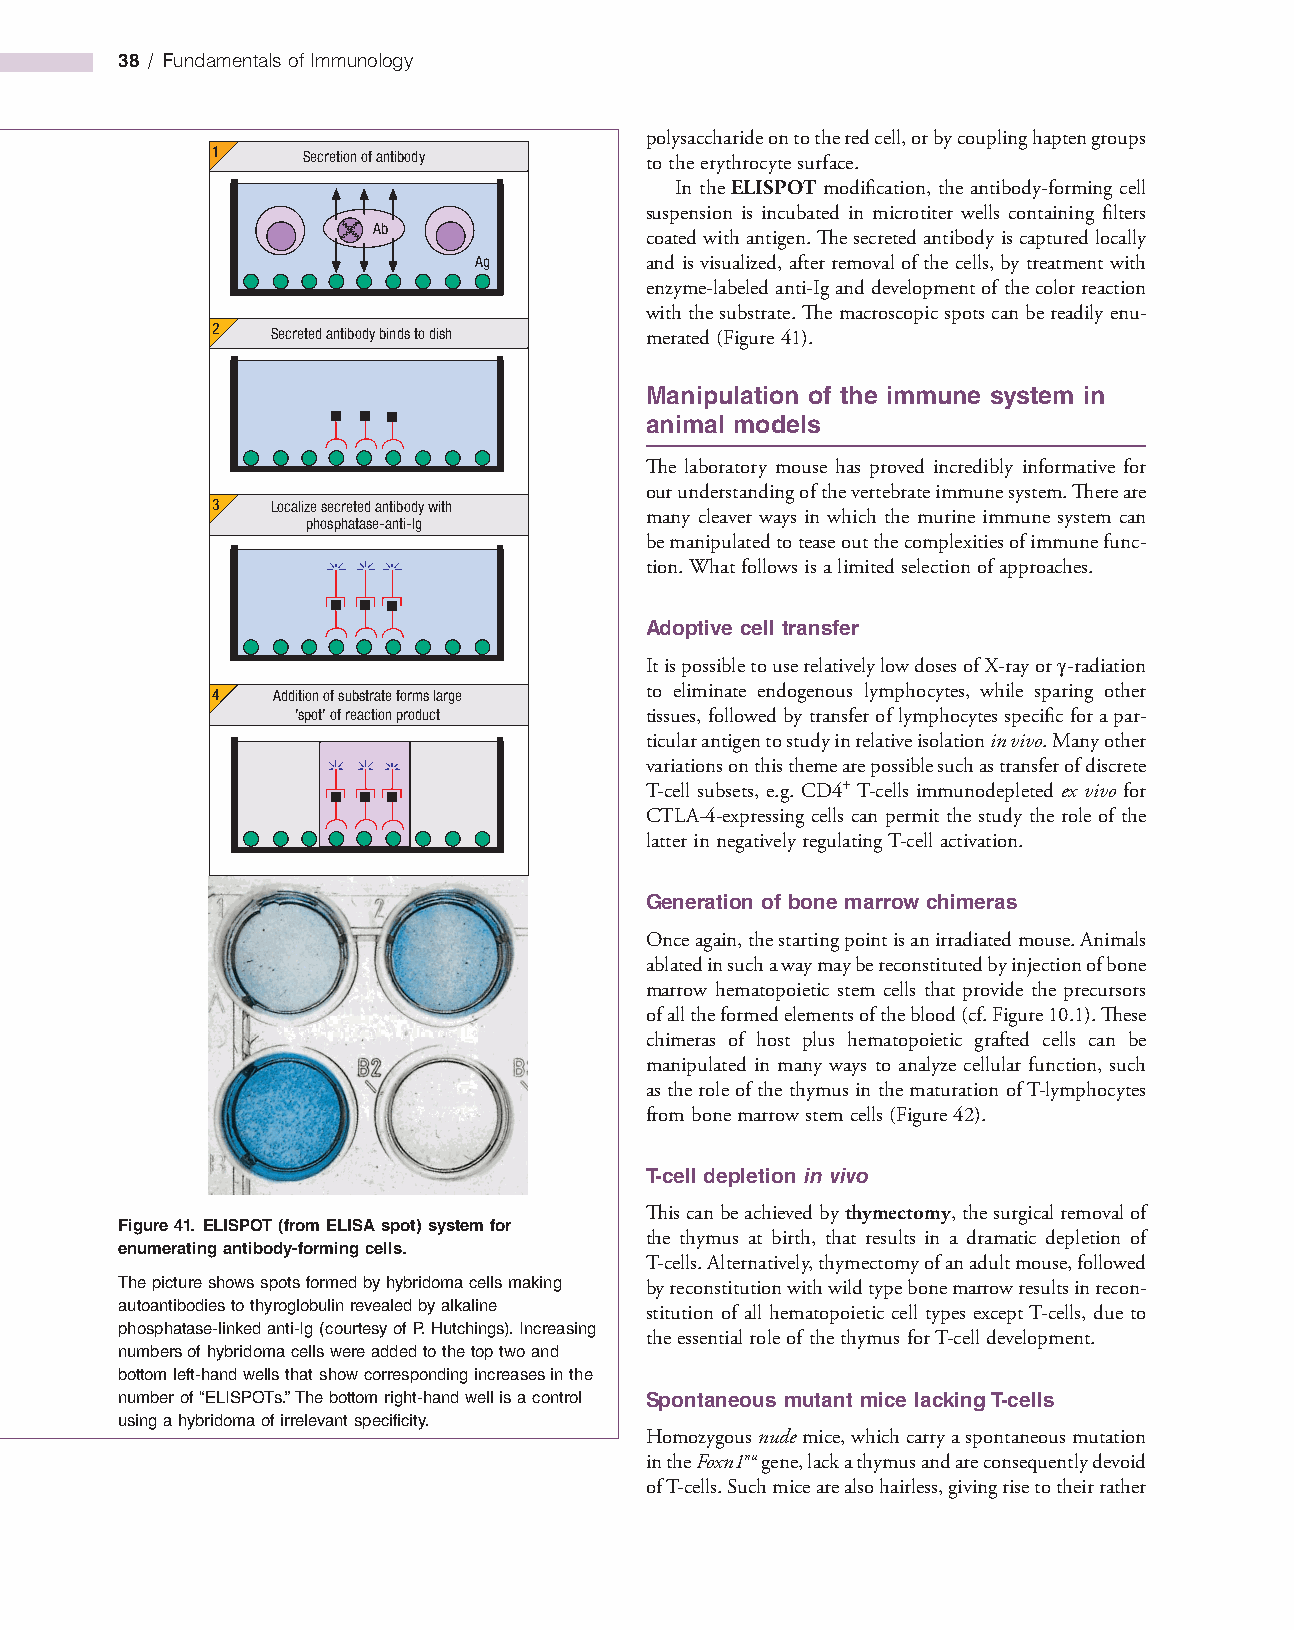
38 / Fundamentals of Immunology
 polysaccharide on to the red cell, or by coupling hapten groups
 1     Secretion of antibody  to the erythrocyte surface.
 In the ELISPOT modification, the antibody­forming cell
 suspension is incubated in microtiter wells containing filters
 Ab
 coated with antigen. The secreted antibody is captured locally
 Ag          and is visualized, after removal of the cells, by treatment with
 enzyme­labeled anti­Ig and development of the color reaction
 with the substrate. The macroscopic spots can be readily enu­
 2   Secreted antibody binds to dish merated (Figure 41).
 Manipulation of the immune system in
 animal models
 The laboratory mouse has proved incredibly informative for
 our understanding of the vertebrate immune system. There are
 3   Localize secreted antibody with
 many cleaver ways in which the murine immune system can
 phosphatase-anti-Ig
 be manipulated to tease out the complexities of immune func­
 tion. What follows is a limited selection of approaches.
 Adoptive cell transfer
 It is possible to use relatively low doses of X­ray or γ­radiation
 4   Addition of substrate forms large to eliminate endogenous lymphocytes, while sparing other
 ’spot’ of reaction product tissues, followed by transfer of lymphocytes specific for a par­
 ticular antigen to study in relative isolation in vivo. Many other
 variations on this theme are possible such as transfer of discrete
 T­cell subsets, e.g. CD4+ T­cells immunodepleted ex vivo for
 CTLA­4­expressing cells can permit the study the role of the
 latter in negatively regulating T­cell activation.
 Generation of bone marrow chimeras
 Once again, the starting point is an irradiated mouse. Animals
 ablated in such a way may be reconstituted by injection of bone
 marrow hematopoietic stem cells that provide the precursors
 of all the formed elements of the blood (cf. Figure 10.1). These
 chimeras of host plus hematopoietic grafted cells can be
 manipulated in many ways to analyze cellular function, such
 as the role of the thymus in the maturation of T­lymphocytes
 from bone marrow stem cells (Figure 42).
 T-cell depletion in vivo
 This can be achieved by thymectomy, the surgical removal of
 Figure 41. ELISPOT (from ELISA spot) system for
 the thymus at birth, that results in a dramatic depletion of
 enumerating antibody-forming cells.
 T­cells. Alternatively, thymectomy of an adult mouse, followed
 The picture shows spots formed by hybridoma cells making by reconstitution with wild type bone marrow results in recon­
 autoantibodies to thyroglobulin revealed by alkaline
 stitution of all hematopoietic cell types except T­cells, due to
 phosphatase-linked anti-Ig (courtesy of P. Hutchings). Increasing
 the essential role of the thymus for T­cell development.
 numbers of hybridoma cells were added to the top two and
 bottom left-hand wells that show corresponding increases in the
 number of “ELISPOTs.” The bottom right-hand well is a control Spontaneous mutant mice lacking T-cells
 using a hybridoma of irrelevant specificity.
 Homozygous nude mice, which carry a spontaneous mutation
 in the Foxn1nu gene, lack a thymus and are consequently devoid
 of T­cells. Such mice are also hairless, giving rise to their rather